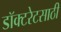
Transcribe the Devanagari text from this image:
डॉक्टरेटसाठी